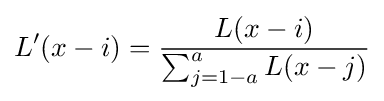
L'(x-i)={\frac {L(x-i)}{\sum _{j=1-a}^{a}L(x-j)}}